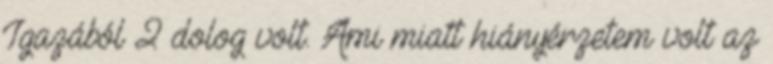
Igazából 2 dolog volt. Ami miatt hiányérzetem volt az